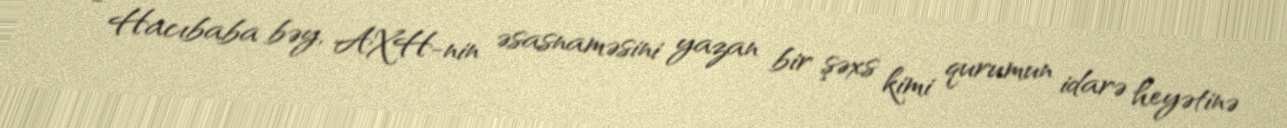
- Hacıbaba bəy, AXH-nin əsasnaməsini yazan bir şəxs kimi qurumun idarə heyətinə